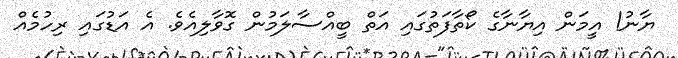
ޔާނު! އީމަން އިޔާނާގެ ކޯތާފަތުގައި އަތް ބީއްސާލަމުން ގޮވާލިއެވެ. އެ އަޑުގައި ރިހުމެއް